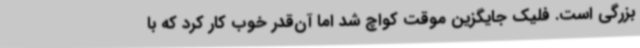
بزرگی است. فلیک جایگزین موقت کواچ شد اما آن‌قدر خوب کار کرد که با